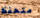
متحفظ